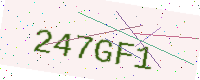
Text: 247GF1